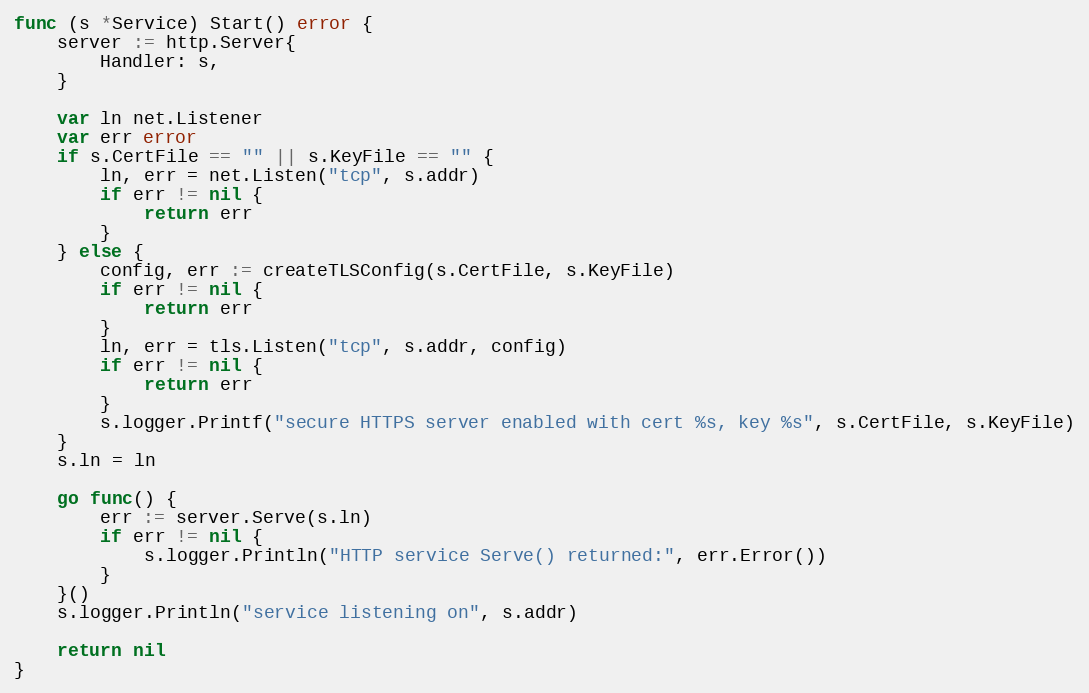
Language: Go
func (s *Service) Start() error {
	server := http.Server{
		Handler: s,
	}

	var ln net.Listener
	var err error
	if s.CertFile == "" || s.KeyFile == "" {
		ln, err = net.Listen("tcp", s.addr)
		if err != nil {
			return err
		}
	} else {
		config, err := createTLSConfig(s.CertFile, s.KeyFile)
		if err != nil {
			return err
		}
		ln, err = tls.Listen("tcp", s.addr, config)
		if err != nil {
			return err
		}
		s.logger.Printf("secure HTTPS server enabled with cert %s, key %s", s.CertFile, s.KeyFile)
	}
	s.ln = ln

	go func() {
		err := server.Serve(s.ln)
		if err != nil {
			s.logger.Println("HTTP service Serve() returned:", err.Error())
		}
	}()
	s.logger.Println("service listening on", s.addr)

	return nil
}